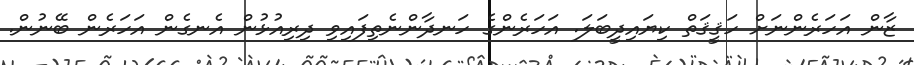
ޒާން އަހަރެންނަށް ހަޤީޤަތް ކިޔައިދީބަލަ. އަހަރެންގެ ހަނދާންނެތިފައިވި ދިރިއުޅުން އެނގެން އަހަރެން ބޭނުން.